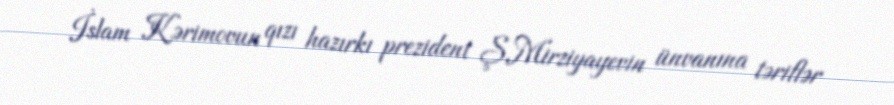
İslam Kərimovun qızı hazırkı prezident Ş.Mirziyayevin ünvanına təriflər